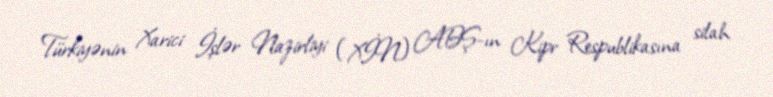
Türkiyənin Xarici İşlər Nazirliyi (XİN) ABŞ-ın Kipr Respublikasına silah